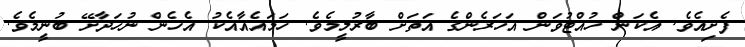
ފެށިއެވެ. އެކަން ހުއްޓުވަން އަހަރެންގެ އަތަށް ބާރުލީމެވެ. ހަމައެއާއެކު އެހެން ނުހަދާށޭ ބުނީމެވެ.